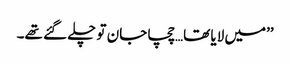
’’میں لایا تھا…چچا جان تو چلے گئے تھے۔